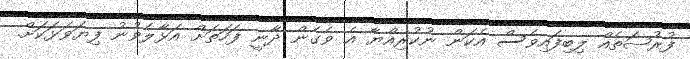
ފުރުޞަތެއް ލިބިފައިވެސް އެކަން ނުކުރިއްޔާ އެ ވެގެން ދާނީ ފަހަތަށް އަޅާލެވުނު ފިޔަވަޅަކަށް.